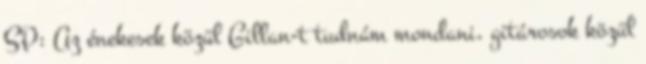
SP: Az énekesek közül Gillan-t tudnám mondani, gitárosok közül